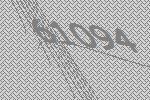
61094